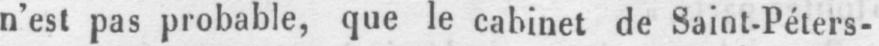
n’est pas probable, que le cabinet de Saint-Péters-